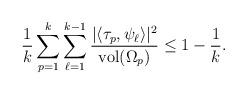
LaTeX: \begin{align*} \frac{1}{k}\sum_{p=1}^k\sum_{\ell=1}^{k-1}\frac{|\langle \tau_p,\psi_\ell\rangle|^2}{\mathrm{vol}(\Omega_p)}\leq 1-\frac{1}{k}.\end{align*}